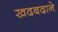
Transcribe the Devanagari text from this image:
खदबदाने